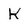
Character: k